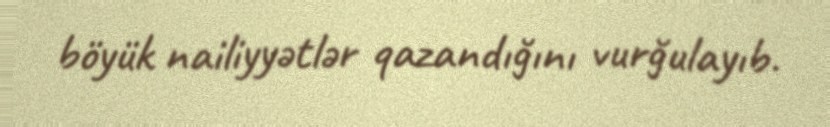
böyük nailiyyətlər qazandığını vurğulayıb.